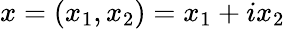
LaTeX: x=(x_{1},x_{2})=x_{1}+ix_{2}